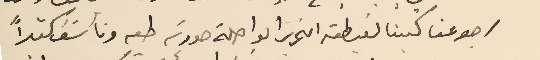
رجوعنا كتبنا لغبطته التحريرا الواصلة صورته طيه ونأسَف كثىراً